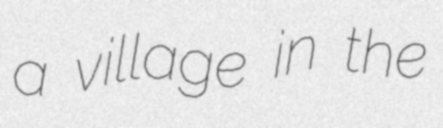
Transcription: a village in the